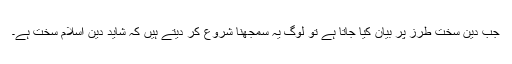
جب دین سخت طرز پر بیان کیا جاتا ہے تو لوگ یہ سمجھنا شروع کر دیتے ہیں کہ شاید دین اسلام سخت ہے۔